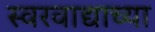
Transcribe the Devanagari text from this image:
स्वरवाद्याच्या